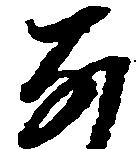
な